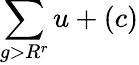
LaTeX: \sum\limits_{g>R^{r}}u+(c)